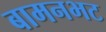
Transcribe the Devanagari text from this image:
बामनभट